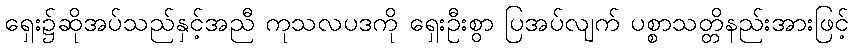
ရှေး၌ဆိုအပ်သည်နှင့်အညီ ကုသလပဒကို ရှေးဦးစွာ ပြအပ်လျက် ပစ္စာသတ္တိနည်းအားဖြင့်